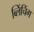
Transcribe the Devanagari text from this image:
ब्लिंचिंग